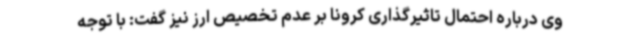
وی درباره احتمال تاثیرگذاری کرونا بر عدم تخصیص ارز نیز گفت: با توجه